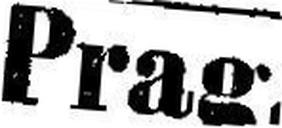
Prag.